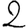
Digit: 2